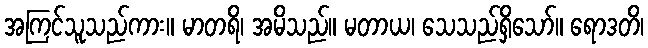
အကြင်သူသည်ကား။ မာတရိ၊ အမိသည်။ မတာယ၊ သေသည်ရှိသော်။ ရောဒတိ၊